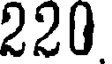
220